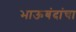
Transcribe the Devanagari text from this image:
भाऊबंदांचा